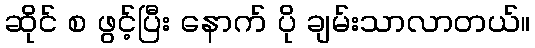
ဆိုင် စ ဖွင့်ပြီး နောက် ပို ချမ်းသာလာတယ်။